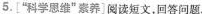
5.[”科学思维”素养]阅读短文，回答问题。